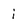
Character: i